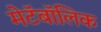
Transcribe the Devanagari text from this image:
मेटॅबॉलिक